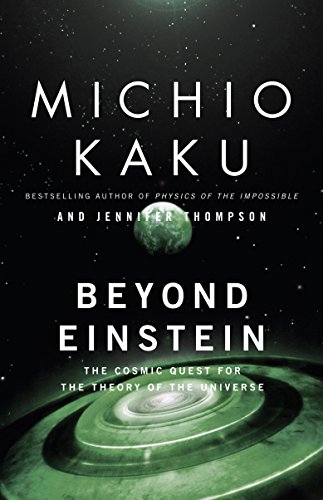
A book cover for Beyond Einstein: The Cosmic Quest for the Theory of the Universe; Michio Kaku; Science & Math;